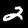
Digit: 2